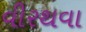
વીરથવા